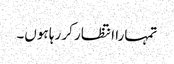
تمہارا انتظار کر رہا ہوں۔